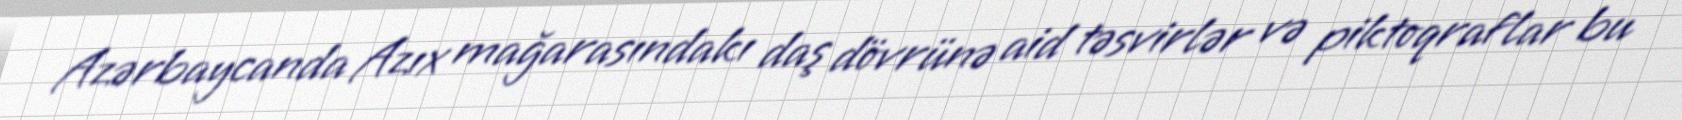
Azərbaycanda Azıx mağarasındakı daş dövrünə aid təsvirlər və piktoqraflar bu